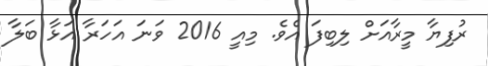
ރުފިޔާ މީރާއަށް ލިބިފަ އެވެ. މިއީ 2016 ވަނަ އަހަރާ އަޅާ ބަލާ